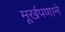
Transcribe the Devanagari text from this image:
मूर्खपणाने